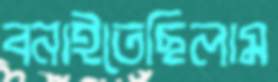
বনাইতেছিলাম